Indian Medical Review
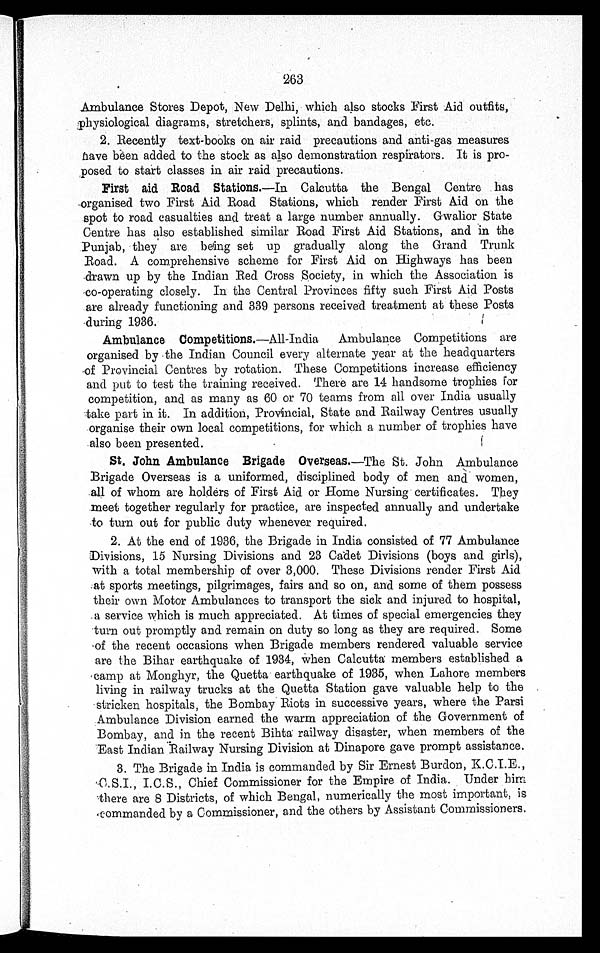
263
Ambulance Stores Depot, New Delhi, which also stocks First Aid outfits,
physiological diagrams, stretchers, splints, and bandages, etc.
2. Recently text-books on air raid precautions and anti-gas measures
have been added to the stock as also demonstration respirators. It is pro
-
posed to start classes in air raid precautions.
First aid Road Stations. —In Calcutta the Bengal Centre has
organised two First Aid Road Stations, which render First Aid on the
spot to road casualties and treat a large number annually. Gwalior State
Centre has also established similar Road First Aid Stations, and in the
Punjab, they are being set up gradually along the Grand Trunk
Road. A comprehensive scheme for First Aid on Highways has been
drawn up by the Indian Red Cross Society, in which the Association is
co-operating closely. In the Central Provinces fifty such First Aid Posts
are already functioning and 339 persons received treatment at these Posts
during 1936.
Ambulance Competitions. —All-India Ambulance Competitions are
organised by the Indian Council every alternate year at the headquarters
of Provincial Centres by rotation. These Competitions increase efficiency
and put to test the training received. There are 14 handsome trophies for
competition, and as many as 60 or 70 teams from all over India usually
take part in it. In addition, Provincial, State and Railway Centres usually
organise their own local competitions, for which a number of trophies have
also been presented.
St. John Ambulance Brigade Overseas. —The St. John Ambulance
Brigade Overseas is a uniformed, disciplined body of men and women,
all of whom are holders of First Aid or Home Nursing certificates. They
meet together regularly for practice, are inspected annually and undertake
to turn out for public duty whenever required.
2. At the end of 1936, the Brigade in India consisted of 77 Ambulance
Divisions, 15 Nursing Divisions and 23 Cadet Divisions (boys and girls),
with a total membership of over 3,000. These Divisions render First Aid
at sports meetings, pilgrimages, fairs and so on, and some of them possess
their own Motor Ambulances to transport the sick and injured to hospital,
a service which is much appreciated. At times of special emergencies they
turn out promptly and remain on duty so long as they are required. Some
of the recent occasions when Brigade members rendered valuable service
are the Bihar earthquake of 1934, when Calcutta members established a
camp at Monghyr, the Quetta earthquake of 1935, when Lahore members
living in railway trucks at the Quetta Station gave valuable help to the
stricken hospitals, the Bombay Riots in successive years, where the Parsi
Ambulance Division earned the warm appreciation of the Government of
Bombay, and in the recent Bihta railway disaster, when members of the
East Indian Railway Nursing Division at Dinapore gave prompt assistance.
3. The Brigade in India is commanded by Sir Ernest Burdon, K.C.I.E.,
C.S.I., I.C.S., Chief Commissioner for the Empire of India. Under him
there are 8 Districts, of which Bengal, numerically the most important, is
commanded by a Commissioner, and the others by Assistant Commissioners.